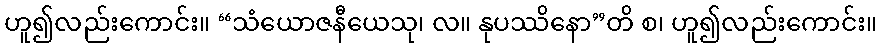
ဟူ၍လည်းကောင်း။ “သံယောဇနီယေသု၊ လ။ နုပဿိနော”တိ စ၊ ဟူ၍လည်းကောင်း။